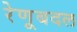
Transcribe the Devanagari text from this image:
रेणूबदल